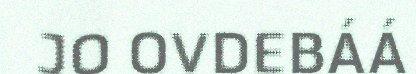
JO OVDEBÁÁ